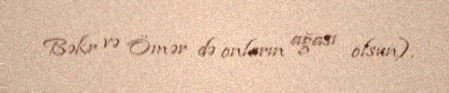
Bəkr və Ömər də onların ağası olsun).